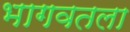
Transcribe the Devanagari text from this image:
भागवतला